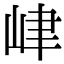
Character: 峍